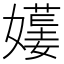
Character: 𡢯